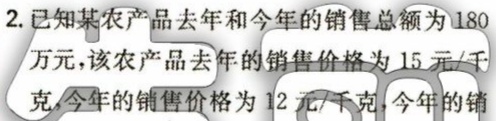
2. 已知某农产品去年和今年的销售总额为180万元，该农产品去年的销售价格为15元/千克，今年的销售价格为12元/千克，今年的销